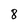
Character: 8